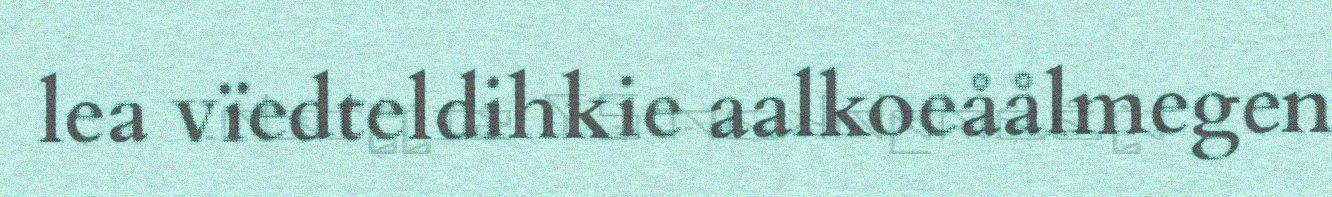
lea vïedteldihkie aalkoeåålmegen